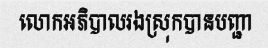
លោកអភិបាលរងស្រុកបានបញ្ជា